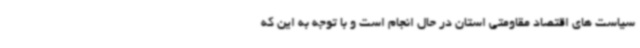
سیاست های اقتصاد مقاومتی استان در حال انجام است و با توجه به این که